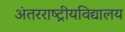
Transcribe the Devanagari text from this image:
अंतरराष्ट्रीयविद्यालय